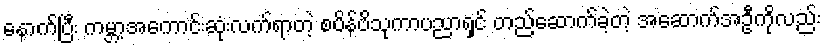
နောက်ပြီး ကမ္ဘာ့အကောင်းဆုံးလက်ရာတဲ့ စပိန်ဗိသုကာပညာရှင် တည်ဆောက်ခဲ့တဲ့ အဆောက်အဦကိုလည်း